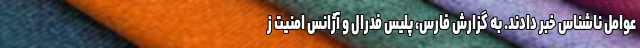
عوامل ناشناس خبر دادند. به گزارش فارس، پلیس فدرال و آژانس امنیت ز